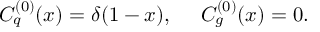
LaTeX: C _ { q } ^ { ( 0 ) } ( x ) = \delta ( 1 - x ) , ~ ~ ~ ~ C _ { g } ^ { ( 0 ) } ( x ) = 0 .